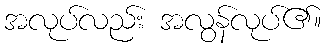
အလုပ်လည်း အလွန်လုပ်၏။